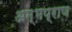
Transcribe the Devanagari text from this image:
अम्भप्राण